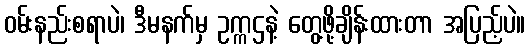
ဝမ်းနည်းစရာပဲ၊ ဒီမနက်မှ ဥက္ကဌနဲ့ တွေ့ဖို့ချိန်းထားတာ အပြည့်ပဲ။